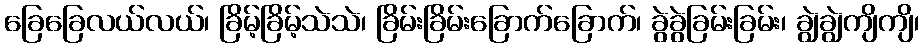
ခြေခြေလယ်လယ်၊ ခြိမ့်ခြိမ့်သဲသဲ၊ ခြိမ်းခြိမ်းခြောက်ခြောက်၊ ခွဲခွဲခြမ်းခြမ်း၊ ချွဲချွဲကျိကျိ၊